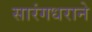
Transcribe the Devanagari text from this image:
सारंगधराने